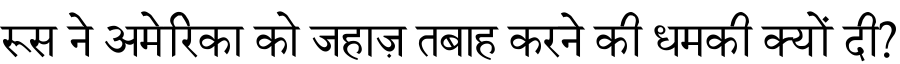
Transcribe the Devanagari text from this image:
रूस ने अमेरिका को जहाज़ तबाह करने की धमकी क्यों दी?